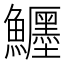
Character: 𩽦